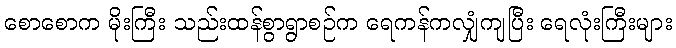
စောစောက မိုးကြီး သည်းထန်စွာရွာစဉ်က ရေကန်ကလျှံကျပြီး ရေလုံးကြီးများ